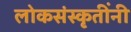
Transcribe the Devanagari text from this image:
लोकसंस्कृतींनी